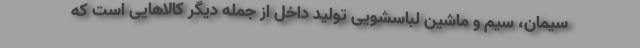
سیمان، سیم و ماشین لباسشویی تولید داخل از جمله دیگر کالاهایی است که